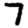
Digit: 7